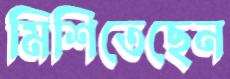
মিশিতেছেন